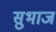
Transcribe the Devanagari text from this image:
सुभाज